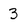
Character: 3